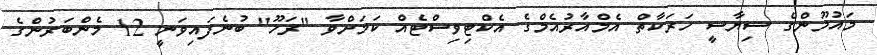
މައުމޫންގެ ސިޔާސީ ހަރަކާތް އެމްއާރުއެމްގެ އެކްޓިވިސްޓެއް ކަމަށްވާ "ރަހޫ" ބުނެފައިވަނީ 12 މެންބަރުންގެ